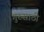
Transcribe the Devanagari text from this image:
गुरुसाठी